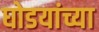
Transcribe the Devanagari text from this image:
घोडयांच्या